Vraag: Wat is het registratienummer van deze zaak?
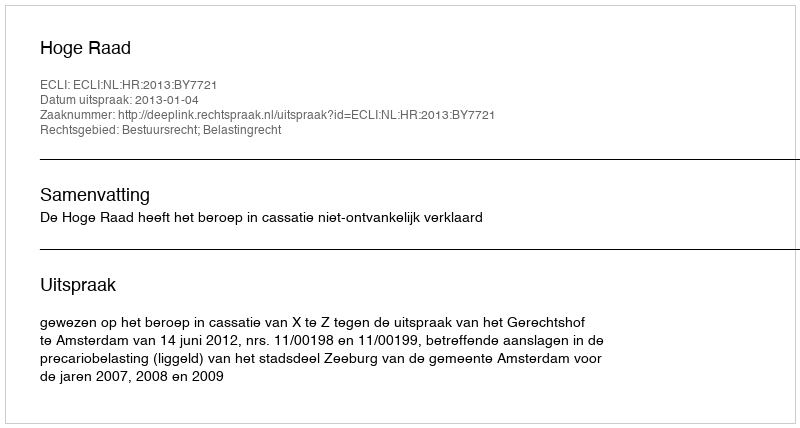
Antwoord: http://deeplink.rechtspraak.nl/uitspraak?id=ECLI:NL:HR:2013:BY7721